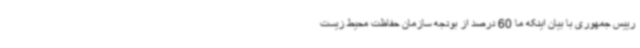
رییس جمهوری با بیان اینکه ما 60 درصد از بودجه سازمان حفاظت محیط زیست